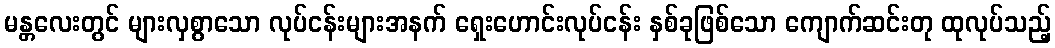
မန္တလေးတွင် များလှစွာသော လုပ်ငန်းများအနက် ရှေးဟောင်းလုပ်ငန်း နှစ်ခုဖြစ်သော ကျောက်ဆင်းတု ထုလုပ်သည့်